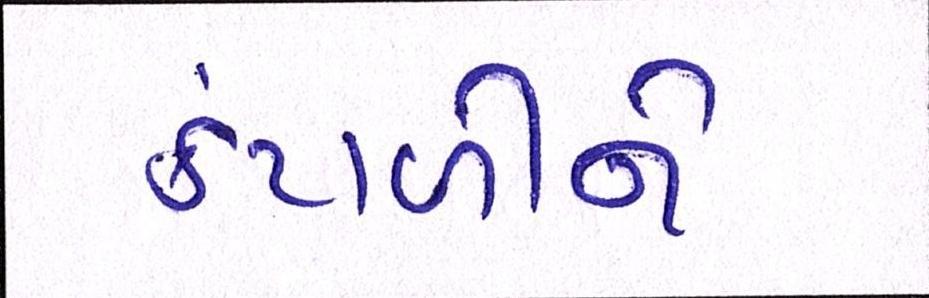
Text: કંટાળીને